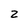
Character: z